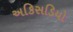
અકિસડિયો